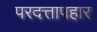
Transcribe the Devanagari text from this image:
परदत्तापहार